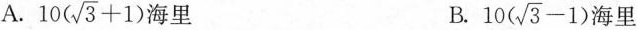
A.$$1 0 ( \sqrt { 3 } + 1 )$$海里 B. $$1 0 ( \sqrt { 3 } - 1 )$$ 海里